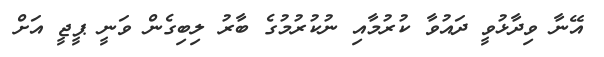
އޭނާ ވިދާޅުވީ ދައުވާ ކުރުމާއި ނުކުރުމުގެ ބާރު ލިބިގެން ވަނީ ޕީޖީ އަށް